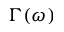
\Gamma ( \omega )